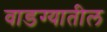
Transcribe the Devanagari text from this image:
वाडग्यातील